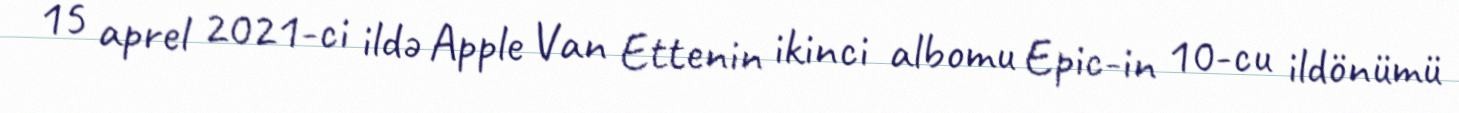
15 aprel 2021-ci ildə Apple Van Ettenin ikinci albomu Epic-in 10-cu ildönümü